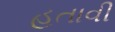
હતાવી